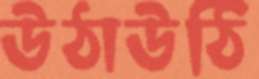
উঠাউঠি